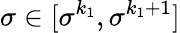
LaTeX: \sigma\in[\sigma^{k_{1}},\sigma^{k_{1}+1}]